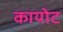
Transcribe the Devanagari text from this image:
कायोट